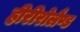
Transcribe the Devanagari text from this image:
हीरीरोलैण्ड